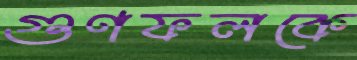
গুণফলকে